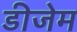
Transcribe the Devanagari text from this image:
डीजेम